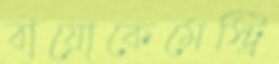
বায়োকেমেস্ট্রি